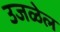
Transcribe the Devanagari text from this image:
उजळेल